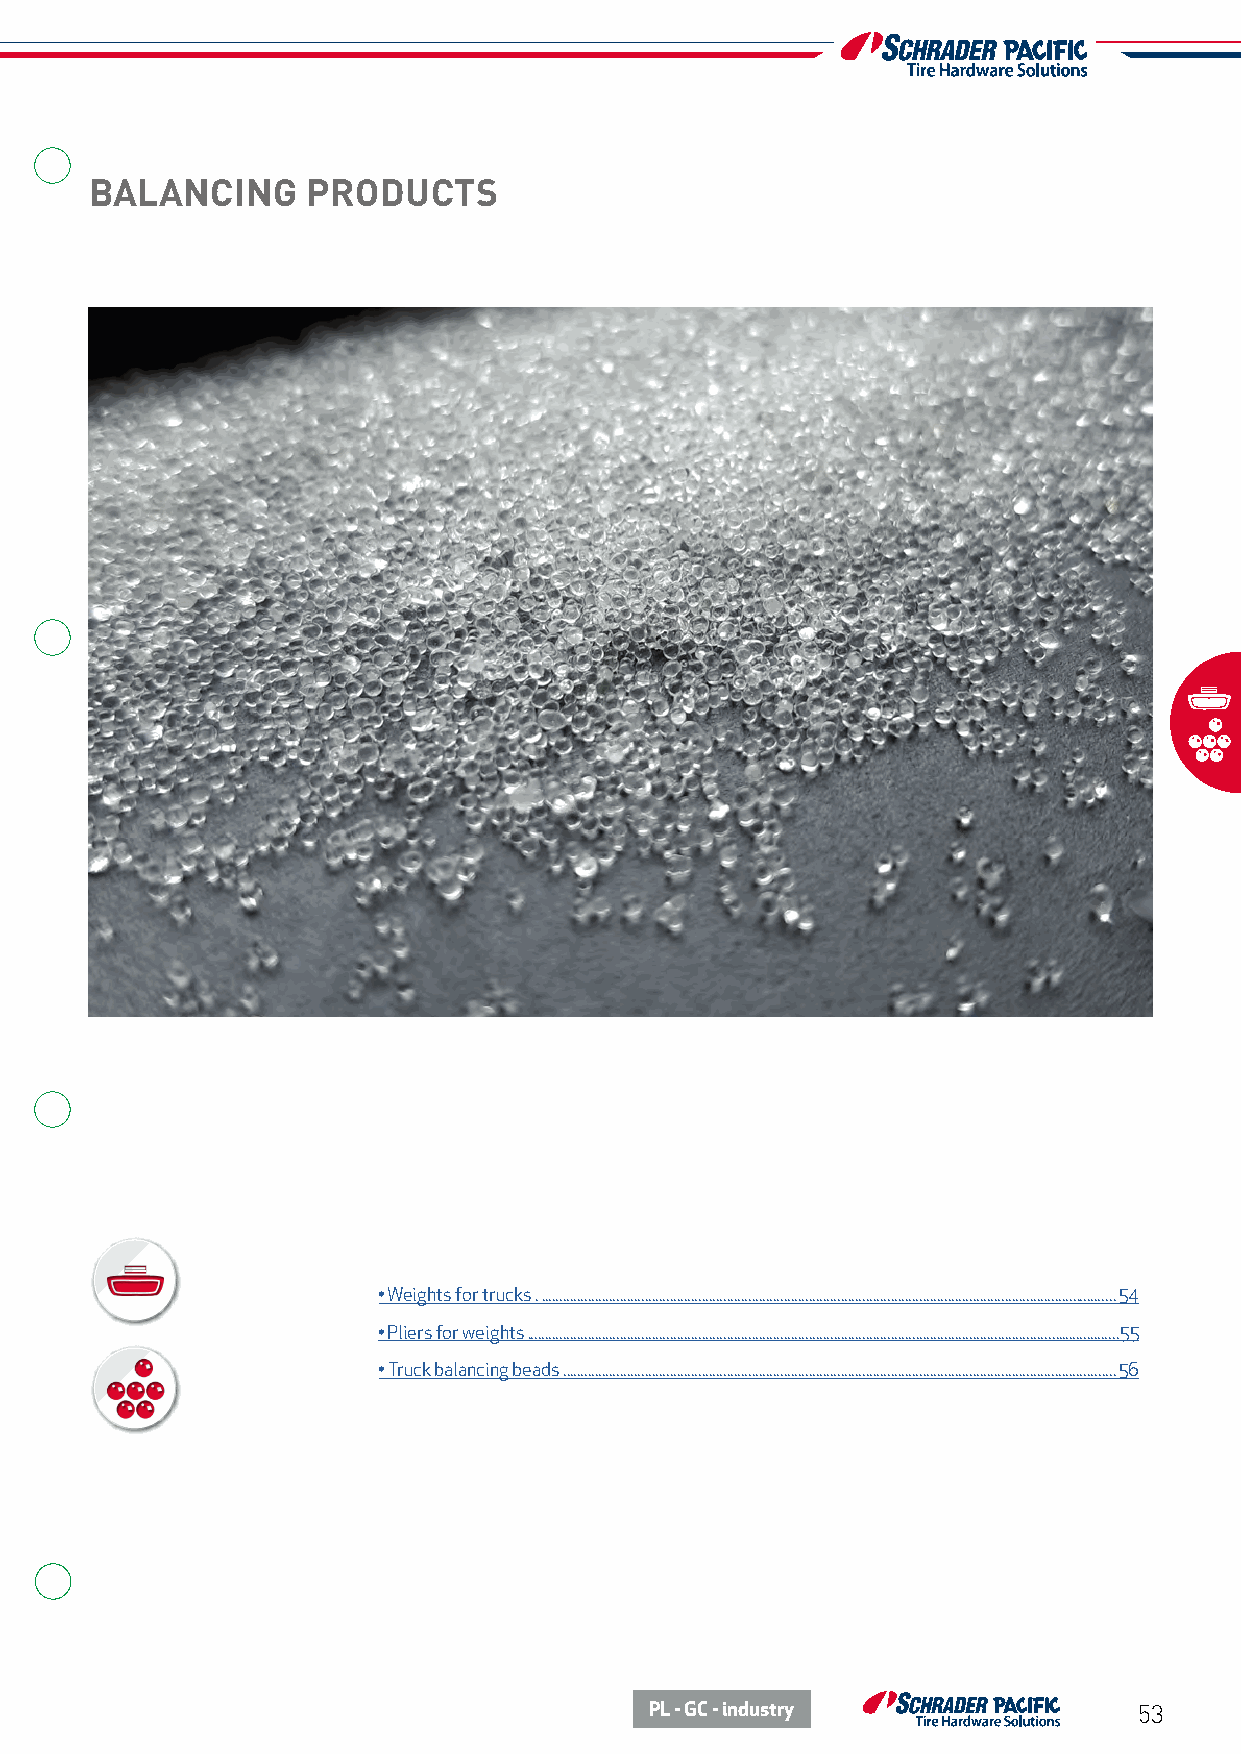
BALANCING     PRODUCTS
 • Weights for trucks . .................................................................................................................................................................54
 • Pliers for weights ......................................................................................................................................................................55
 • Truck balancing beads . ..........................................................................................................................................................56
 PL - GC - industry              53